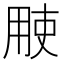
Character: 𱰝